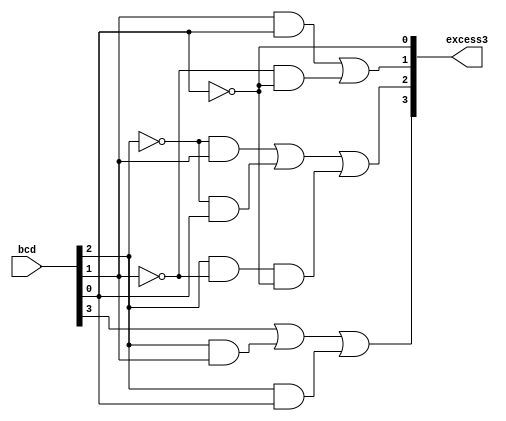
module bcd2xs3(
	input [3:0] bcd,
	output [3:0]excess3
);

assign excess3[3] = (bcd[3] || (bcd[2] && bcd[1]) || (bcd[2] && bcd[0]));
assign excess3[2] = (((~bcd[2])&&bcd[1]) || ((~bcd[2])&&bcd[0]) || ((bcd[2]&&(~bcd[1]))&&(~bcd[0])));
assign excess3[1] = ((bcd[1] && bcd[0]) || ((~bcd[1]) && (~bcd[0])));
assign excess3[0] = (~bcd[0]);

endmodule